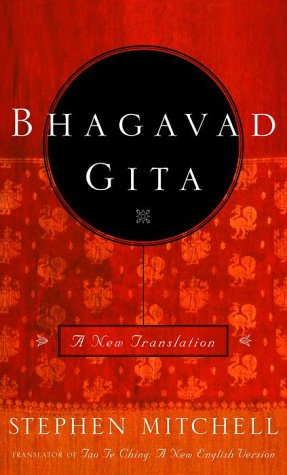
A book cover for Bhagavad Gita: A New Translation; Religion & Spirituality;